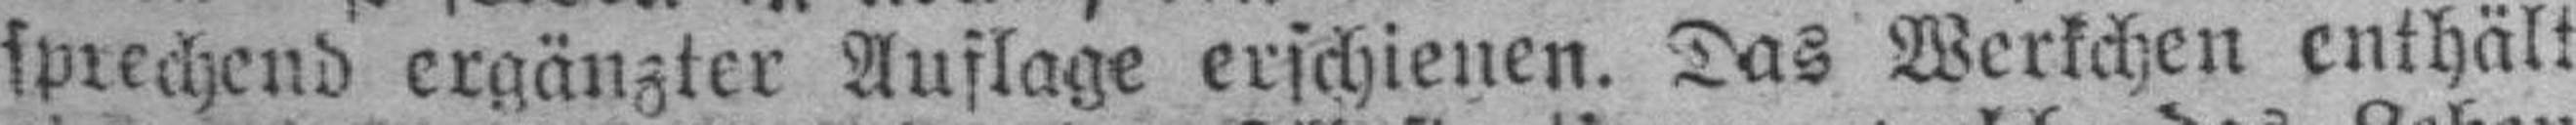
sprechend ergänzter Auflage erschienen. Das Werkchen enthält